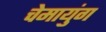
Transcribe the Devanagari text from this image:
चेमायुंग